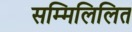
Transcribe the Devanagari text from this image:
सम्मिलिलित